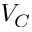
V _ { C }